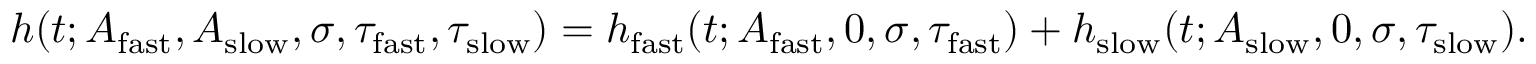
h ( t ; A _ { \mathrm { f a s t } } , A _ { \mathrm { s l o w } } , \sigma , \tau _ { \mathrm { f a s t } } , \tau _ { \mathrm { s l o w } } ) = h _ { \mathrm { f a s t } } ( t ; A _ { \mathrm { f a s t } } , 0 , \sigma , \tau _ { \mathrm { f a s t } } ) + h _ { \mathrm { s l o w } } ( t ; A _ { \mathrm { s l o w } } , 0 , \sigma , \tau _ { \mathrm { s l o w } } ) .